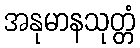
အနုမာနသုတ္တံ